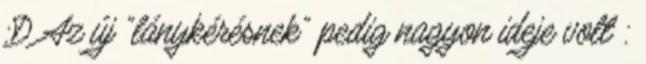
:D Az új “lánykérésnek” pedig nagyon ideje volt :